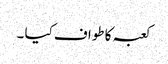
کعبہ کا طواف کیا ۔